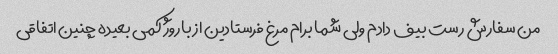
من سفارش رست بیف دادم ولی شما برام مرغ فرستادین از باروژ کمی بعیده چنین اتفاقی